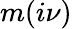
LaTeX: m(i\nu)